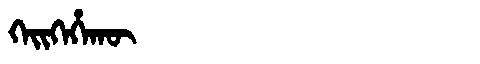
Manchu: ᡴᡝᡳᡴᡝᡥᠠᡴᡡ
Romanization: KEIKEHAKŪ